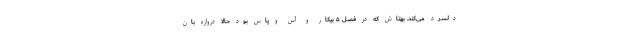
دلسرد می‌کند. بهتاش که در فصل ۵ بیکار و آس و پاس بود حالا دروازه بان